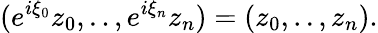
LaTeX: (e^{i\xi_{0}}z_{0},..,e^{i\xi_{n}}z_{n})=(z_{0},..,z_{n}).